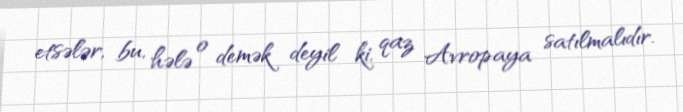
etsələr, bu, hələ o demək deyil ki, qaz Avropaya satılmalıdır.